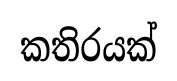
කතිරයක්